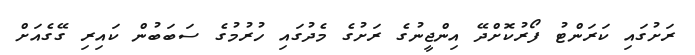
ރަށުގައި ކަރަންޓު ފޯރުކޮށްދޭ އިންޖީނުގެ ރަށުގެ މެދުގައި ހުރުމުގެ ސަބަބުން ކައިރި ގޭގެއަށް